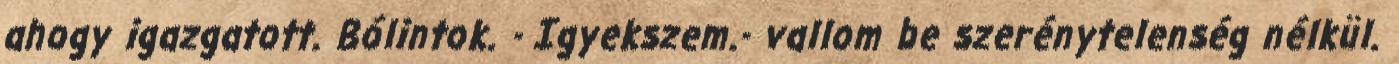
ahogy igazgatott. Bólintok. - Igyekszem.- vallom be szerénytelenség nélkül.